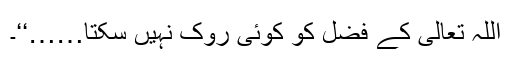
اللہ تعالیٰ کے فضل کو کوئی روک نہیں سکتا……‘‘۔